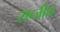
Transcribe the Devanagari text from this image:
सब्जीय